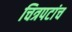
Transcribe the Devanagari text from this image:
चित्रपटांच